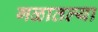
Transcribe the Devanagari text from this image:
गळातल्या